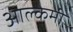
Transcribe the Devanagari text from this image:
आल्‍केमी